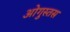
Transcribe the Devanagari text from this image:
ओगुस्तस